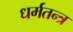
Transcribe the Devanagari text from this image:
धर्मतन्त्र